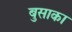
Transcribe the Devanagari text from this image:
बुसाका